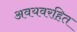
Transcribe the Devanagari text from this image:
अवयवरहित